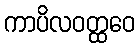
ကာပိလဝတ္ထဝေ